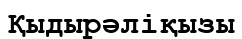
Қыдырәліқызы